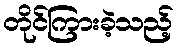
တိုင်ကြားခဲ့သည့်